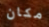
مكان